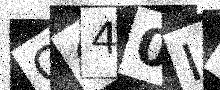
Text: CC40IF